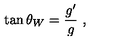
\tan \theta _ { W } = \frac { g ^ { \prime } } { g } \ ,